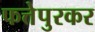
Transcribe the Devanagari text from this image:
फत्तेपुरकर